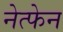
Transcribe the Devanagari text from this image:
नेत्फेन